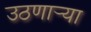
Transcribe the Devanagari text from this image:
उठणार्‍या